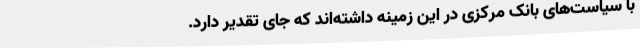
با سیاست‌های بانک مرکزی در این زمینه داشته‌اند که جای تقدیر دارد.